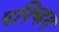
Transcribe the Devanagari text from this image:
पश्च्हिम